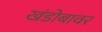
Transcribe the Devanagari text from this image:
खंडोबावर